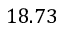
1 8 . 7 3